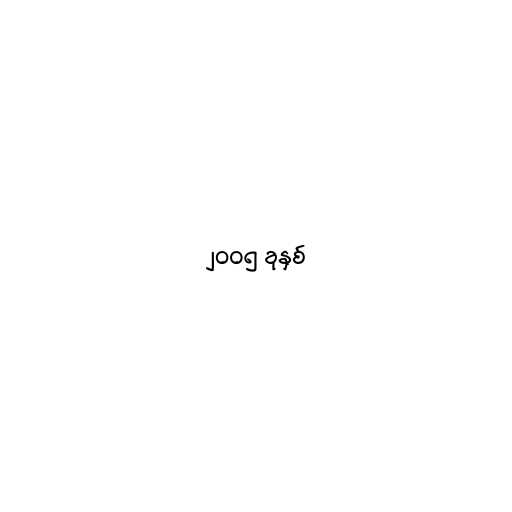
၂၀၀၅ ခုနှစ်